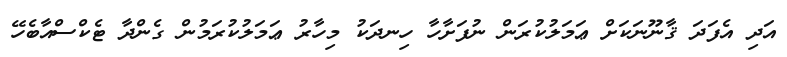
އަދި އެފަދަ ޤާނޫނަކަށް ޢަމަލުކުރަން ނުފަށާހާ ހިނދަކު މިހާރު ޢަމަލުކުރަމުން ގެންދާ ޓެކްސްއާބެހޭ